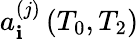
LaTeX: a_{\mathbf{i}}^{(j)}\left(T_{0},T_{2}\right)